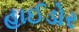
હાઈડોર